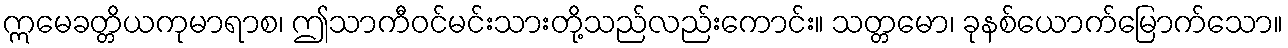
ဣမေခတ္တိယကုမာရာစ၊ ဤသာကီဝင်မင်းသားတို့သည်လည်းကောင်း။ သတ္တမော၊ ခုနစ်ယောက်မြောက်သော။